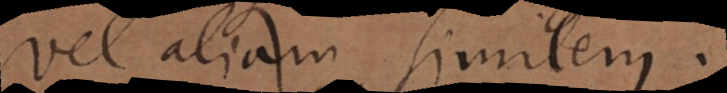
vel aliam similem.